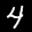
Label: 4